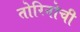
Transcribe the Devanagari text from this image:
तोरिनोची